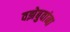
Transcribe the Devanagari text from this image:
वझेबुवांना